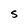
Character: S